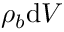
\rho _ { b } \mathrm { d } V